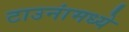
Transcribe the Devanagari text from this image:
टाउनांमध्ये